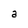
Character: a